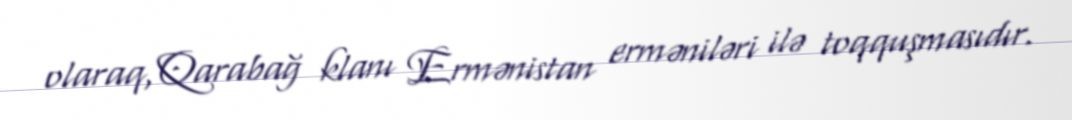
olaraq, Qarabağ klanı Ermənistan erməniləri ilə toqquşmasıdır.